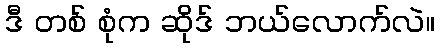
ဒီ တစ် စုံက ဆိုဒ် ဘယ်လောက်လဲ။